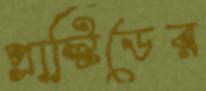
প্লাস্টিডের